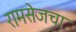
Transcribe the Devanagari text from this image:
रामसेजचा